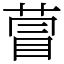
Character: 萺